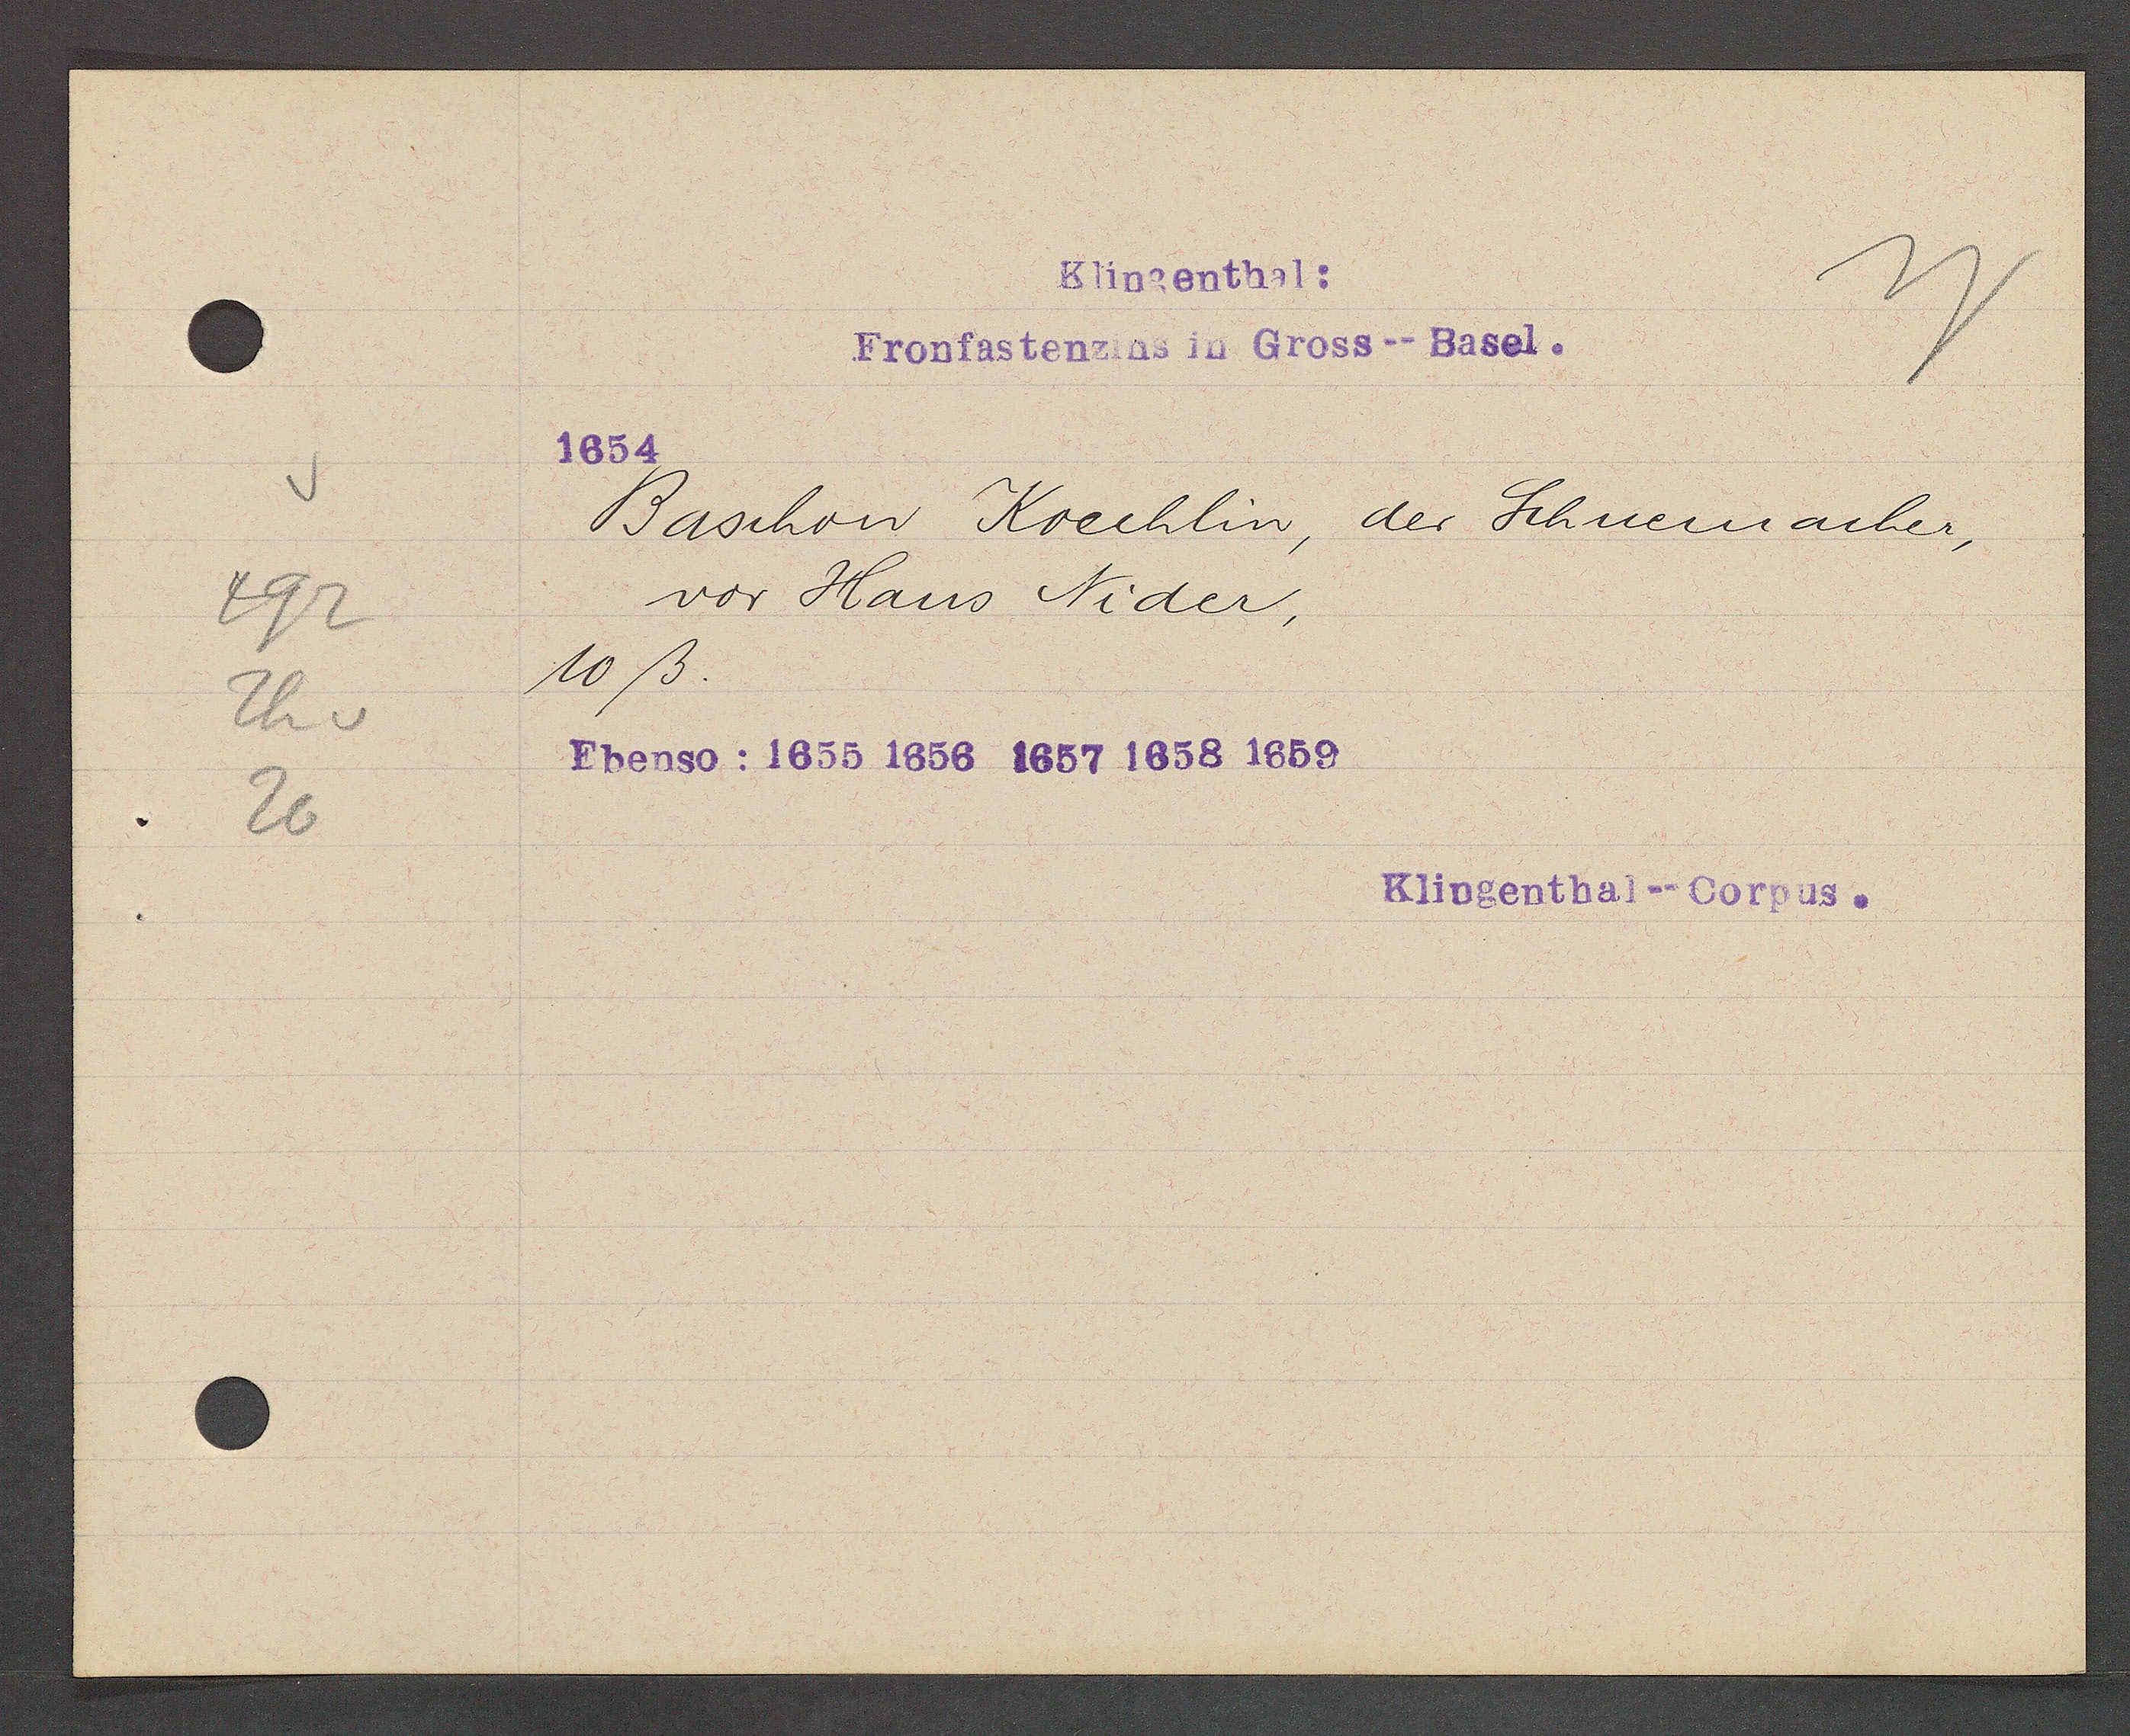
Transcript:
492
Th v
26

Klingenthal:
Fronfastenzins in Gross-- Basel.

1654
Baschon Koechlin,
der Schuemacher,
vor Hans Nider,
10 ß.
Ehenso: 1655 1656 1657 1658 1659

Klingenthal--Corpus.